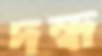
দন্ধ